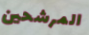
المرشحين